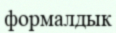
формалдык